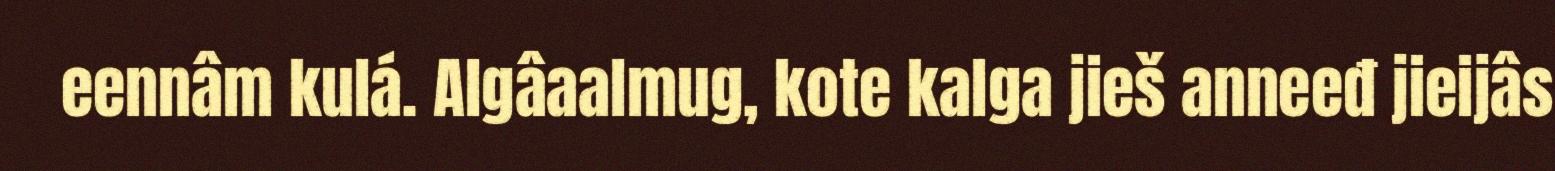
eennâm kulá. Algâaalmug, kote kalga jieš anneeđ jieijâs